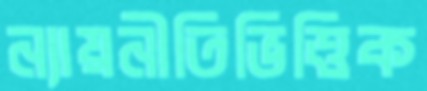
ন্যায়নীতিভিত্তিক